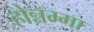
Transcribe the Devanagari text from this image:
होन्नम्मा